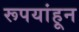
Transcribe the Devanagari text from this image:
रूपयांहून